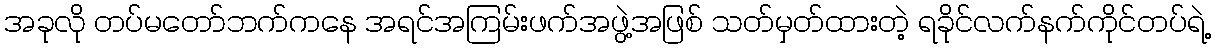
အခုလို တပ်မတော်ဘက်ကနေ အရင်အကြမ်းဖက်အဖွဲ့အဖြစ် သတ်မှတ်ထားတဲ့ ရခိုင်လက်နက်ကိုင်တပ်ရဲ့